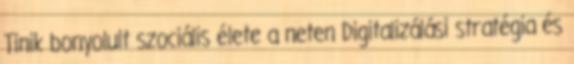
Tinik bonyolult szociális élete a neten Digitalizálási stratégia és